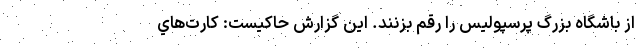
از باشگاه بزرگ پرسپولیس را رقم بزنند. این گزارش حاکیست: كارت‌هاي